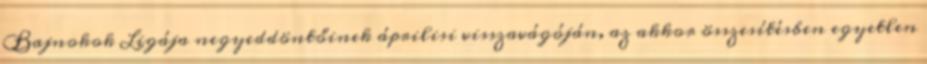
Bajnokok Ligája negyeddöntőinek áprilisi visszavágóján, az akkor összesítésben egyetlen